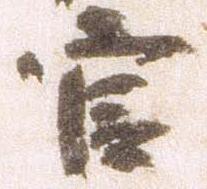
官